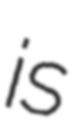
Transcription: is